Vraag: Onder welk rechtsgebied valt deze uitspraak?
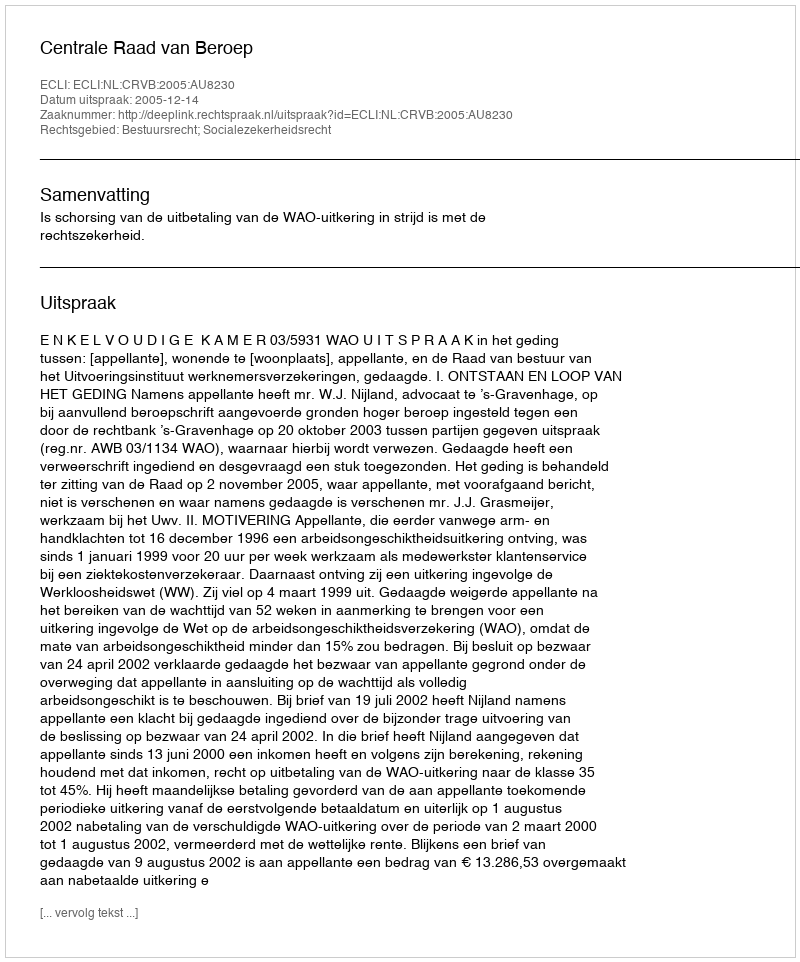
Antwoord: Bestuursrecht; Socialezekerheidsrecht